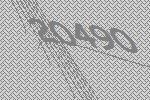
20490